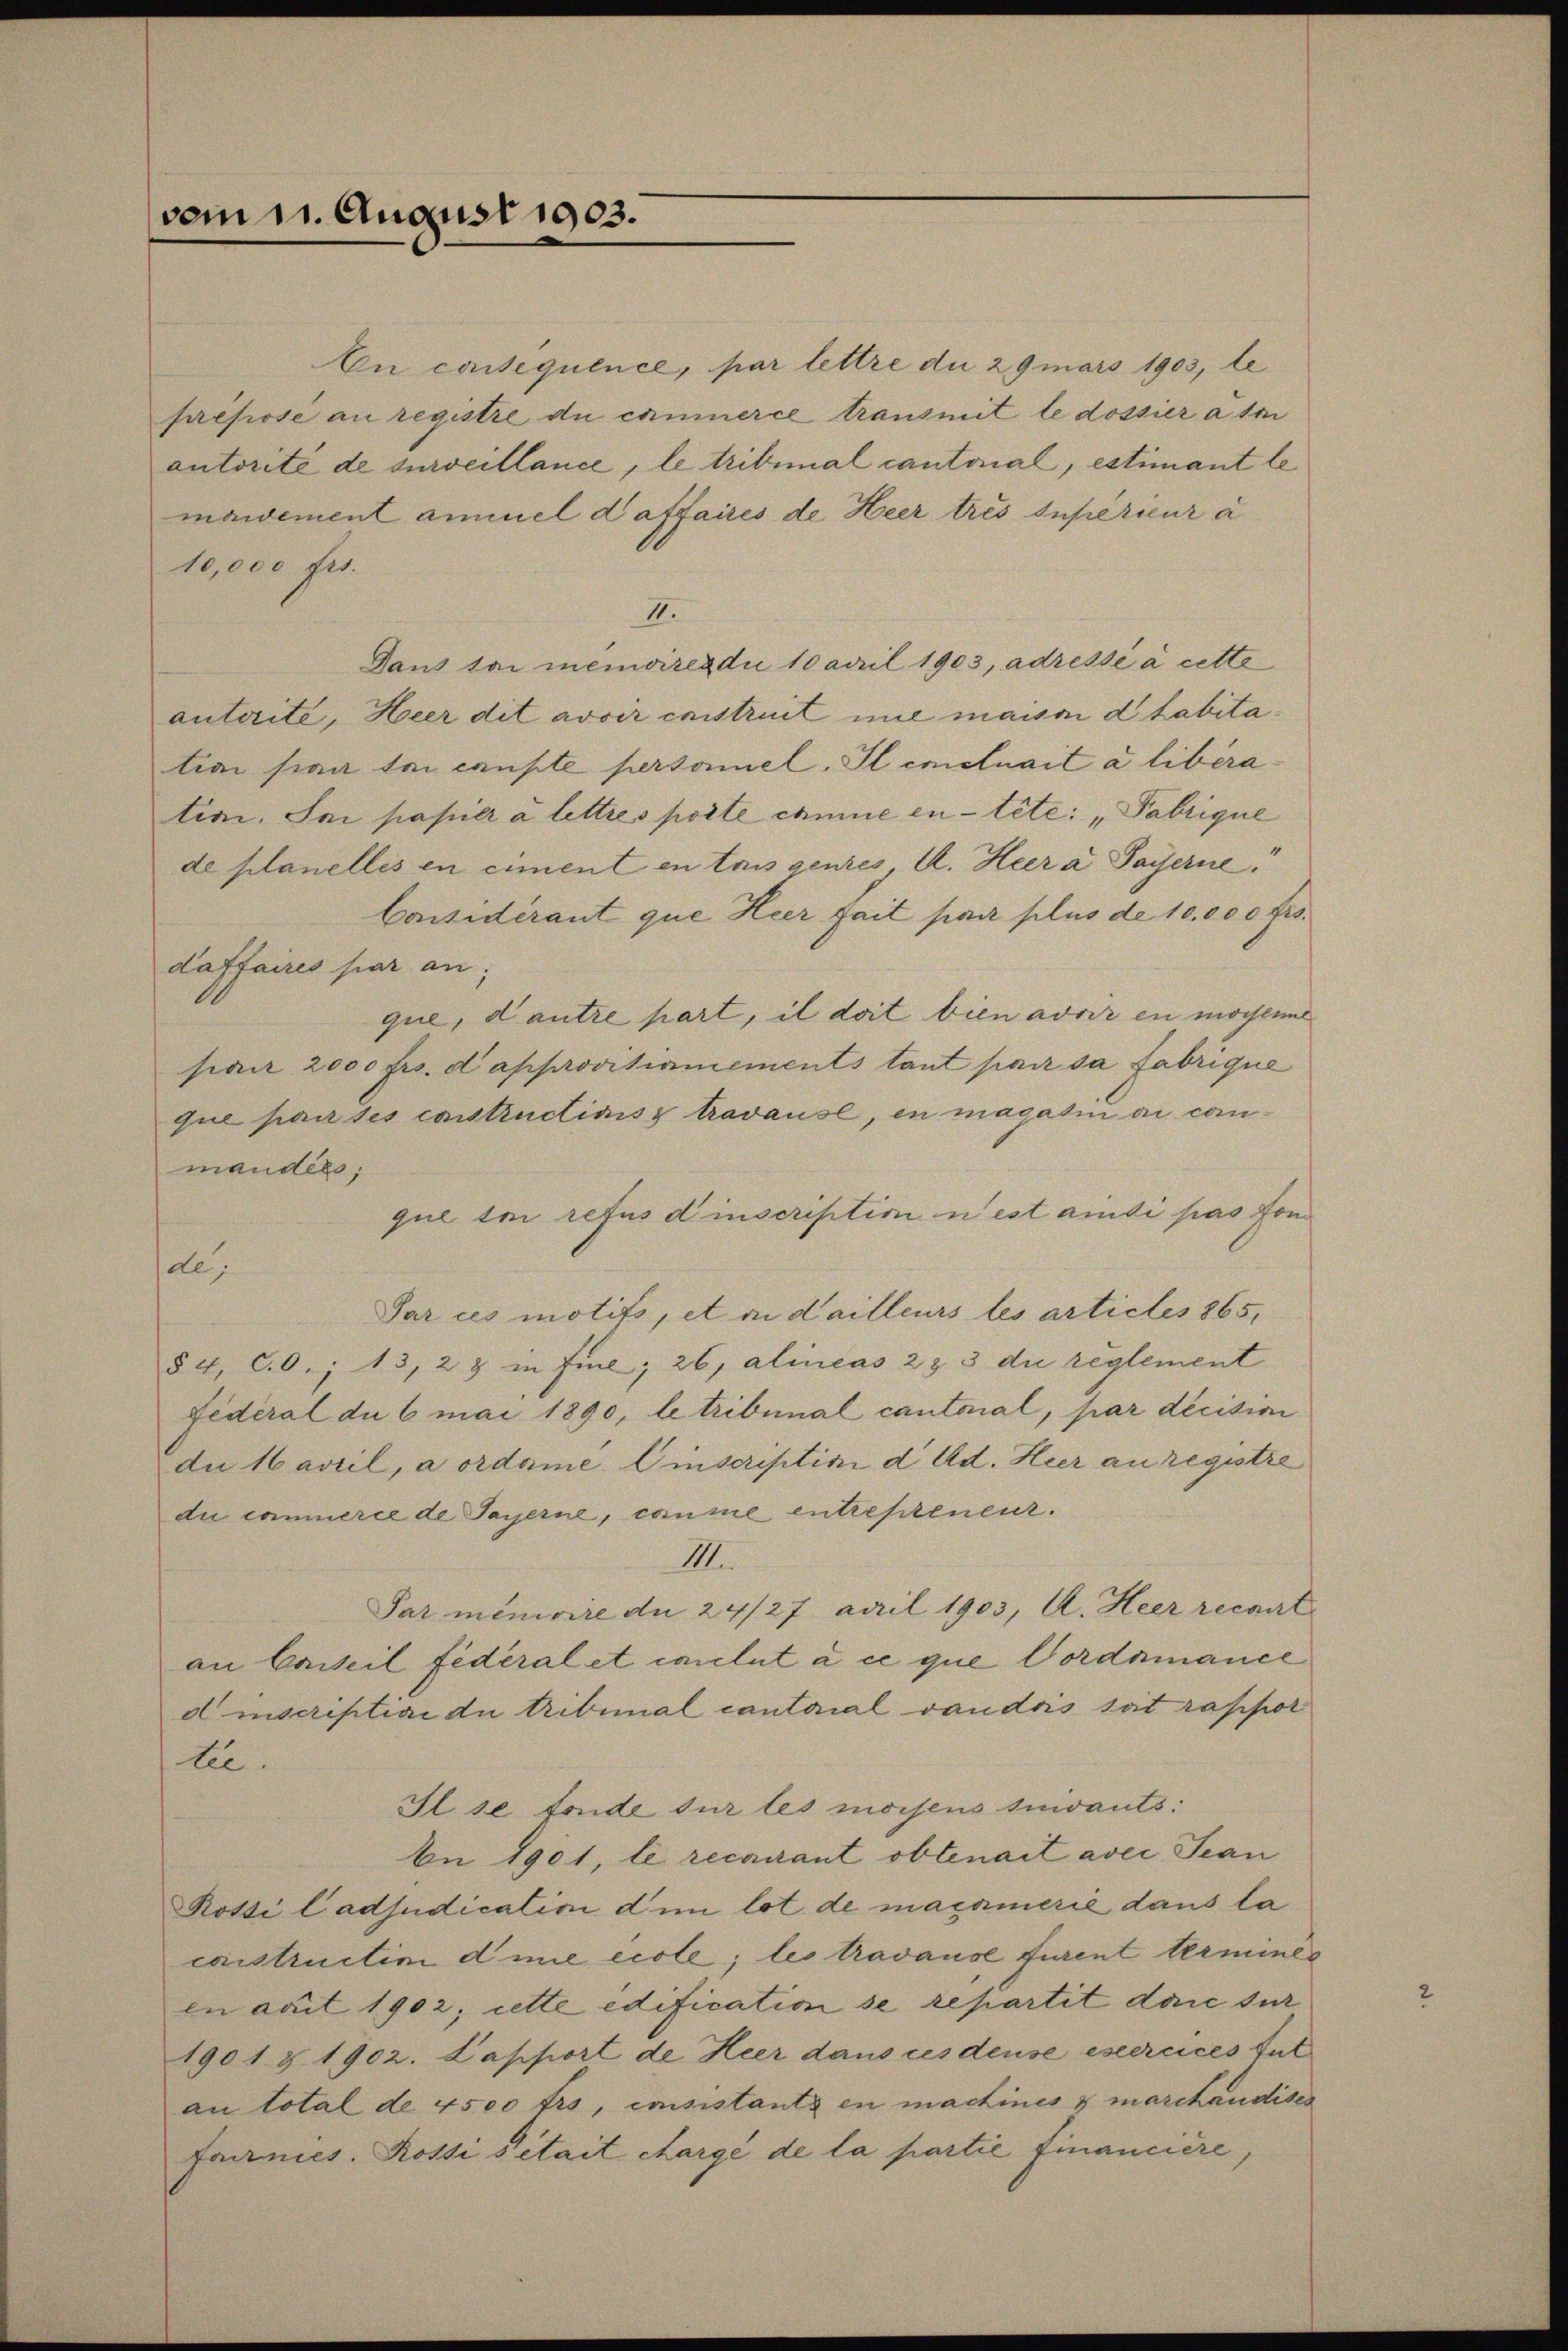
vom 1. August 1903.

An conséquence, par lettre du 29 mars 1903, le
présiose au registre du commerce transmit le dossier atmi
autorité de surveillance, le tribunal cantonal, estimant le
maidement aminel daffaires de Heer trés supérieur a
10,000 frs.
II.
Dans tai memoires die 10 April 1903, adressé à cette
auterite, Heer dit avoir cnistreit nie maison d tabitatian sian bei caupte personnel. Il entrait a liberatem. Sei papier à lettres porte comme intete: „Fabrique
de planellés en ciment en tais genies A. Heer a Payerne
Considérant que Heer fait par plus de 10.000 frs.
daffaires par an,
que, d’autre part, il doit bien adrir en mochen
pan 2000 frs. d approvisionements tant par sa fabrique
que partes constructivisz travause, en magazin ai conmandels;
que sei refus d inscription u est ainsi pas fon
de
Par ces motifs, et an dailleurs les articles 1865,
§ 4, CO.; 13, 28 in Fine; 26, alineas 2 & 3 die reglement
Federal du 6 mai 1890, le tribunal cantonal, par décision
du avril, a ordame. Einscriptini d. Ad. Heer anregistre
du commerce de Payerne, comme entrestenenz.
III.
Par minivire du 24/27 April 1903, A. Heer recart
an Carteil fédéral et conclut à ce que Cordamance
d inscriptiae du tribunal cantonal vaudois soit rappor
tee.
Il se fonde sur les moisens suivants:
An 1901, le recourant obtenait avec Jean
Rotti ladjudication dem lot de macamerie dans la
constructini die eccle; les travause furent termines
In ait 1902; cette edification se repartit dare sur
1901. § 1902. Lapport de Heer dans ces dense esercices tut
au total de 4500 frs, emsistants en machines & marchaudises
Farmies. Rossi sitait chargé de la partie financiere,